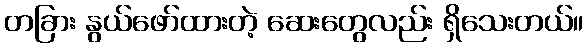
တခြား နွယ်ဖော်ထားတဲ့ ဆေးတွေလည်း ရှိသေးတယ်။